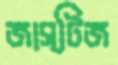
জাস্টিজ